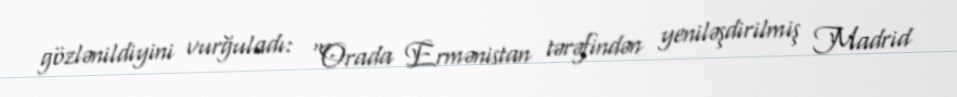
gözlənildiyini vurğuladı: “Orada Ermənistan tərəfindən yeniləşdirilmiş Madrid